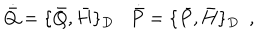
LaTeX: \dot { \bar { Q } } = \{ \bar { Q } , \bar { H } \} _ { D } \, \, \, \, \, \dot { \bar { P } } = \{ \bar { P } , \bar { H } \} _ { D } \, \, \, ,